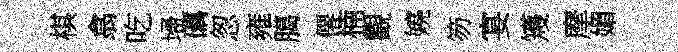
棋翕吃埽礪怱雍臈僊楠觀嬈笏宴矱摩媚